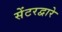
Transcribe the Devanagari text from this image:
सेंटरद्वारे